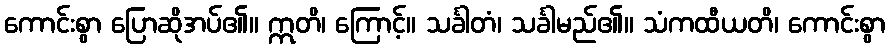
ကောင်းစွာ ပြောဆိုအပ်၏။ ဣတိ၊ ကြောင့်။ သင်္ခါတံ၊ သင်္ခါမည်၏။ သံကထီယတိ၊ ကောင်းစွာ